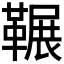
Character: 𮧥